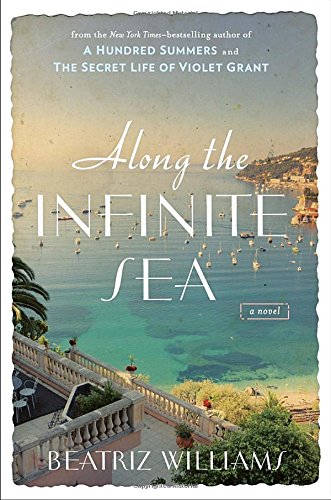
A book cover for Along the Infinite Sea; Beatriz Williams; Romance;